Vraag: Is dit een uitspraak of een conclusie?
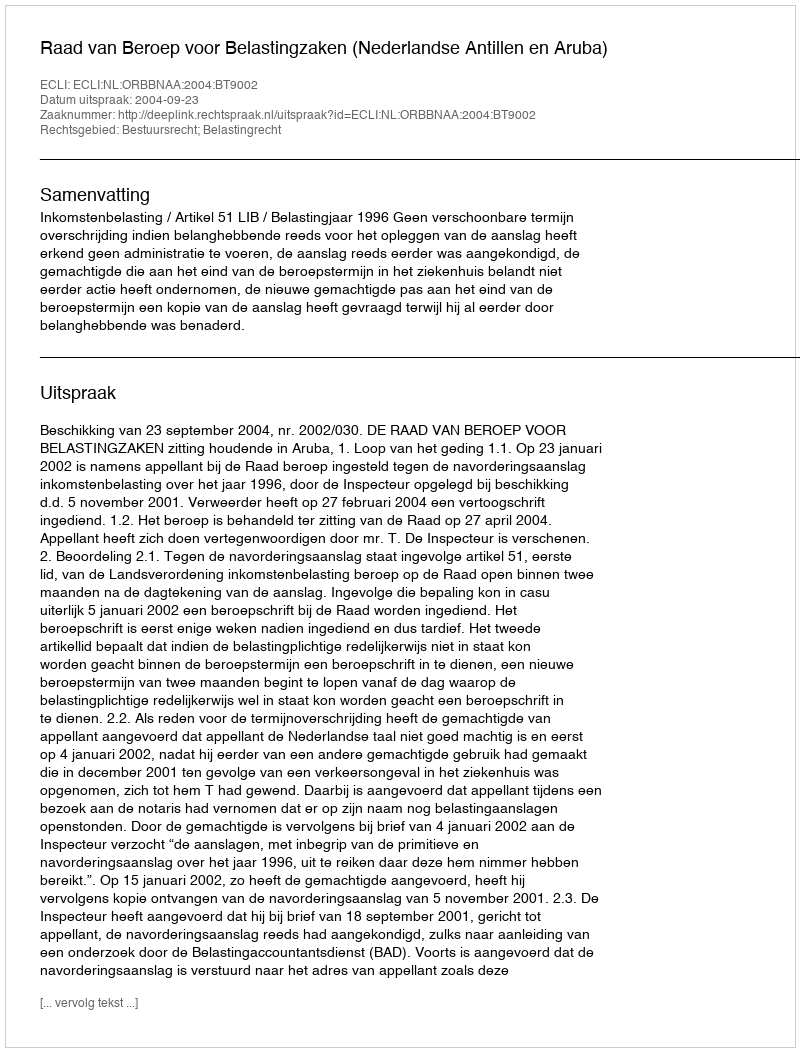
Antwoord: Uitspraak